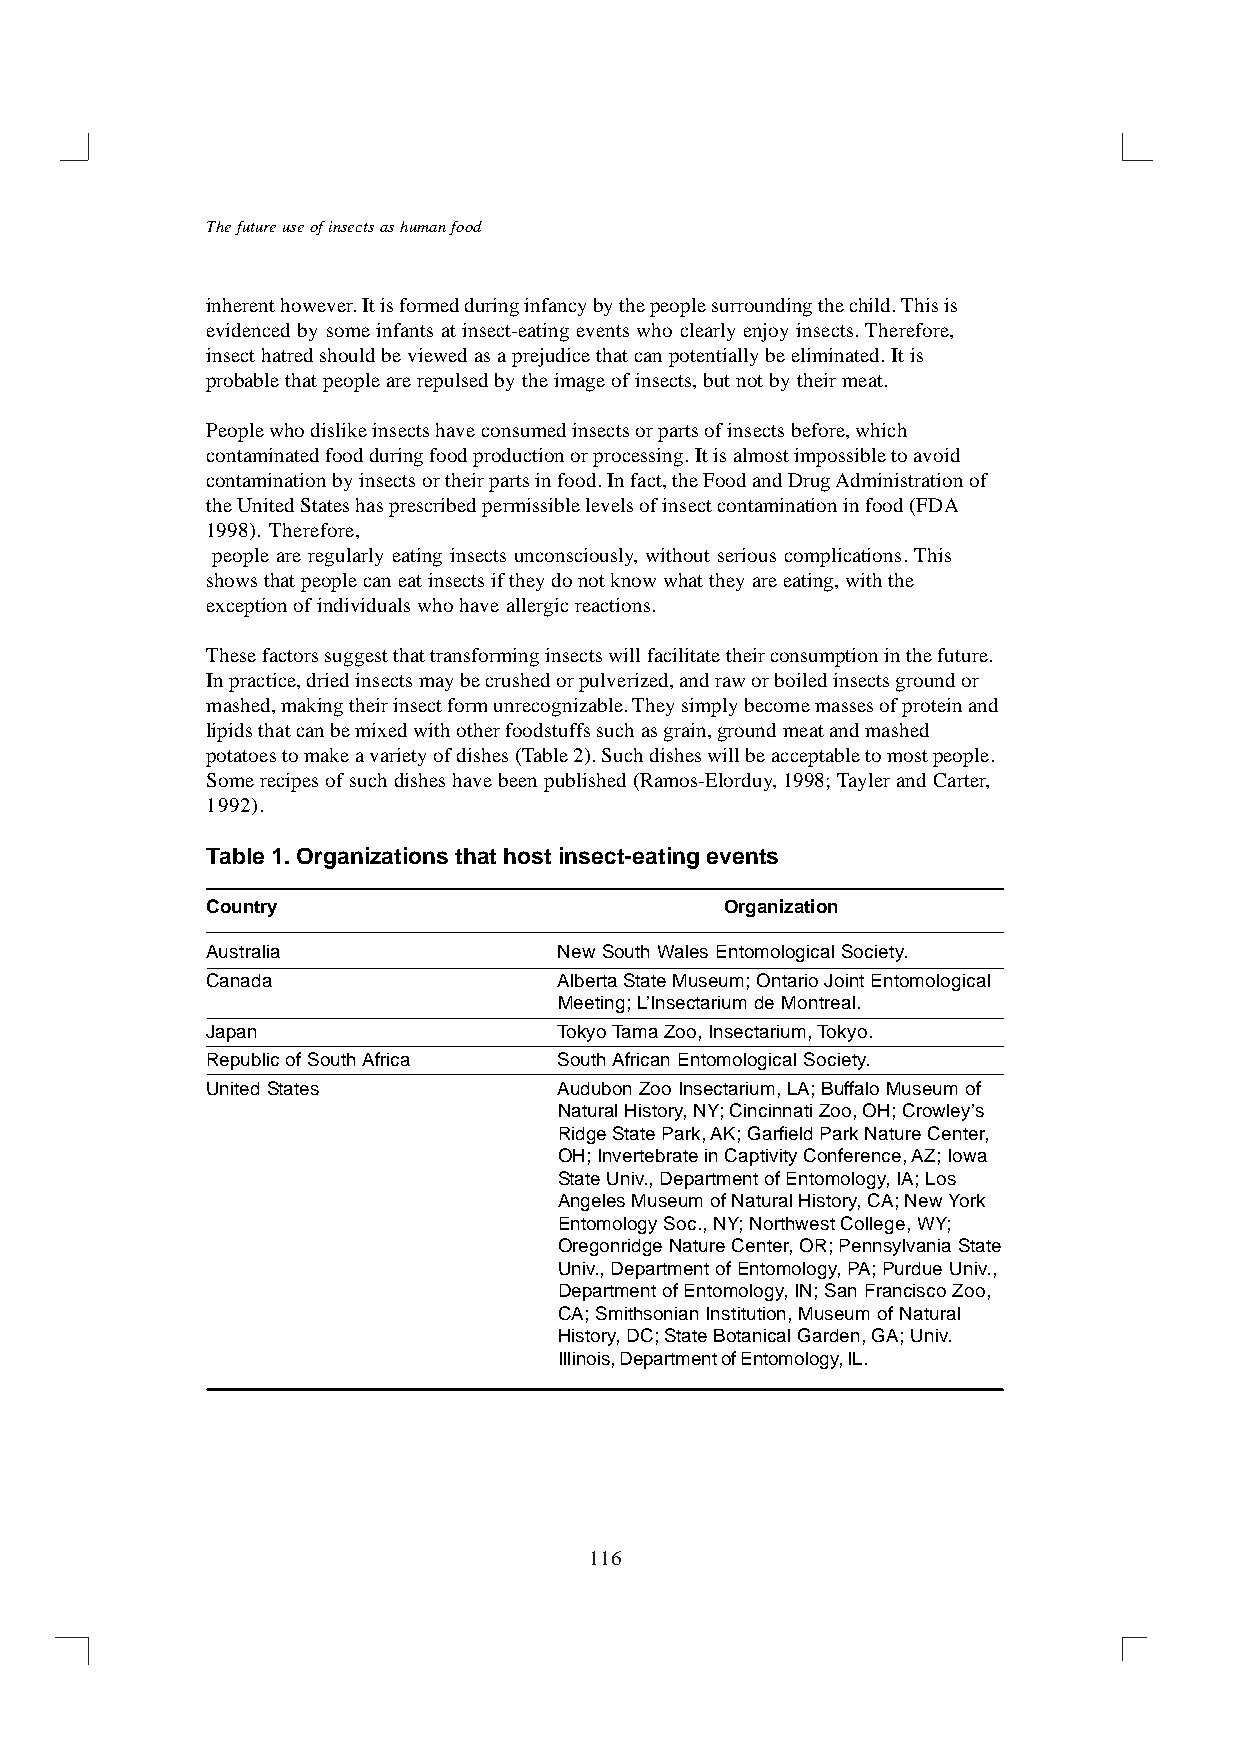
The future use of insects as human food
 inherent however. It is formed during infancy by the people surrounding the child. This is
 evidenced by some infants at insect-eating events who clearly enjoy insects. Therefore,
 insect hatred should be viewed as a prejudice that can potentially be eliminated. It is
 probable that people are repulsed by the image of insects, but not by their meat.
 People who dislike insects have consumed insects or parts of insects before, which
 contaminated food during food production or processing. It is almost impossible to avoid
 contamination by insects or their parts in food. In fact, the Food and Drug Administration of
 the United States has prescribed permissible levels of insect contamination in food (FDA
 1998). Therefore,
 people are regularly eating insects unconsciously, without serious complications. This
 shows that people can eat insects if they do not know what they are eating, with the
 exception of individuals who have allergic reactions.
 These factors suggest that transforming insects will facilitate their consumption in the future.
 In practice, dried insects may be crushed or pulverized, and raw or boiled insects ground or
 mashed, making their insect form unrecognizable. They simply become masses of protein and
 lipids that can be mixed with other foodstuffs such as grain, ground meat and mashed
 potatoes to make a variety of dishes (Table 2). Such dishes will be acceptable to most people.
 Some recipes of such dishes have been published (Ramos-Elorduy, 1998; Tayler and Carter,
 1992).
 Table 1. Organizations that host insect-eating events
 Country                           Organization
 Australia              New South Wales Entomological Society.
 Canada                 Alberta State Museum; Ontario Joint Entomological
 Meeting; L’Insectarium de Montreal.
 Japan                  Tokyo Tama Zoo, Insectarium, Tokyo.
 Republic of South Africa South African Entomological Society.
 United States          Audubon Zoo Insectarium, LA; Buffalo Museum of
 Natural History, NY; Cincinnati Zoo, OH; Crowley’s
 Ridge State Park, AK; Garfield Park Nature Center,
 OH; Invertebrate in Captivity Conference, AZ; Iowa
 State Univ., Department of Entomology, IA; Los
 Angeles Museum of Natural History, CA; New York
 Entomology Soc., NY; Northwest College, WY;
 Oregonridge Nature Center, OR; Pennsylvania State
 Univ., Department of Entomology, PA; Purdue Univ.,
 Department of Entomology, IN; San Francisco Zoo,
 CA; Smithsonian Institution, Museum of Natural
 History, DC; State Botanical Garden, GA; Univ.
 Illinois, Department of Entomology, IL.
 116